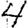
Digit: 4